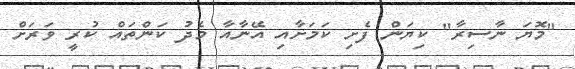
"މޮޔަ ނާސިރާ" ކިޔަން ފެށި ކަމަށާއި އޭނާއާ މެދު ކަންތައް ކުރީ ވަރަށް